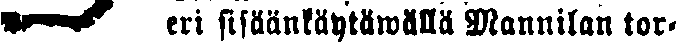
☛ eri sisäänkäytäwällä Mannilan tor-